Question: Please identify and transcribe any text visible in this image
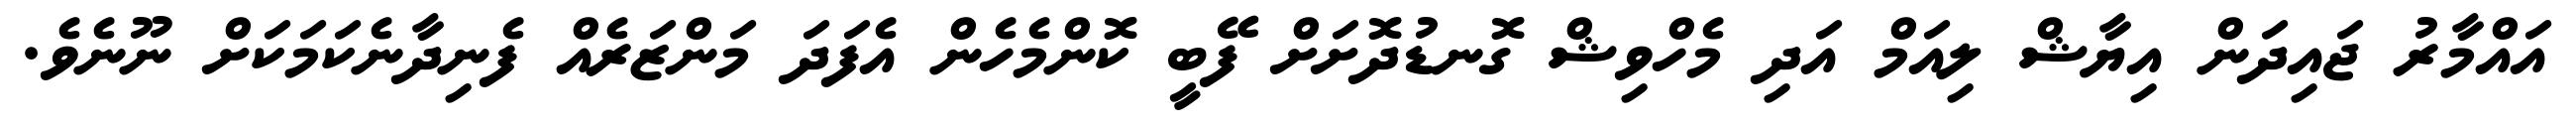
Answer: އައްމާރު ޖައިދަން އިޔާޝް ލިއަމް އަދި މެހްވިޝް ގޮނޑުދޮށަށް ފޭބީ ކޮންމެހެން އެފަދަ މަންޒަރެއް ފެނިދާނެކަމަކަށް ނޫނެވެ.